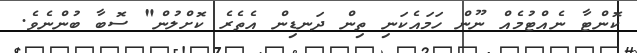
ކޮންޓާ ނެއްޓުމެއް ނޫން ހަމައެކަނި ތިން ދަނޑިން އެތެރެ ކޮށްލުން" ސޮބާ ބުންނެވެ.